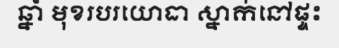
ឆ្នាំ មុខរបរយោធា ស្នាក់នៅផ្ទះ